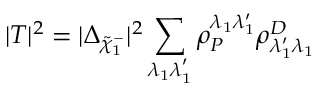
| T | ^ { 2 } = | \Delta _ { \tilde { \chi } _ { 1 } ^ { - } } | ^ { 2 } \sum _ { \lambda _ { 1 } \lambda _ { 1 } ^ { ' } } \rho _ { P } ^ { \lambda _ { 1 } \lambda _ { 1 } ^ { \prime } } \rho _ { \lambda _ { 1 } ^ { \prime } \lambda _ { 1 } } ^ { D }